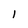
Character: 1